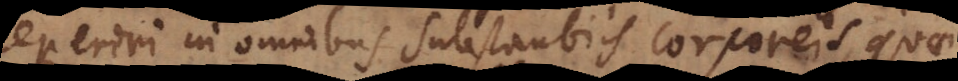
reperiri in omnibus substantiis corporeis, quae